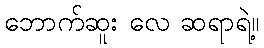
ဘောက်ဆူး လေ ဆရာရဲ့။